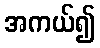
အကယ်၍